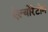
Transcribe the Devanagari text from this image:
ऐल्बोरेटोम